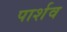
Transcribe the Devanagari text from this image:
पार्शव